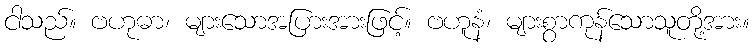
ငါသည်။ ဗဟုဓာ၊ များသောအပြားအားဖြင့်။ ဗဟူနံ၊ များစွာကုန်သောသူတို့အား။